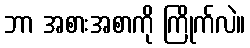
ဘာ အစားအစာကို ကြိုက်လဲ။